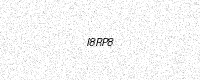
Text: I8RP8